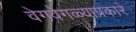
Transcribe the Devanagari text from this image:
वेगवेगळ्याप्रकारे